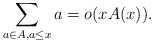
\begin{align*} \sum_{a\in A, a\leq x} a = o(xA(x)) . \end{align*}